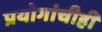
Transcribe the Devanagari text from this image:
प्रयोगांचीही